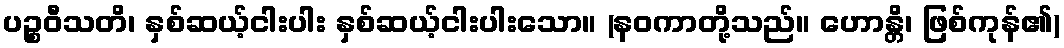
ပဉ္စဝီသတိ၊ နှစ်ဆယ့်ငါးပါး နှစ်ဆယ့်ငါးပါးသော။ (နဝကာတို့သည်။ ဟောန္တိ၊ ဖြစ်ကုန်၏)